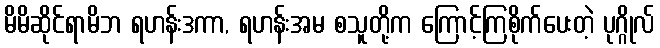
မိမိဆိုင်ရာမိဘ ရဟန်းဒကာ, ရဟန်းအမ စသူတို့က ကြောင့်ကြစိုက်ပေးတဲ့ ပုဂ္ဂိုလ်